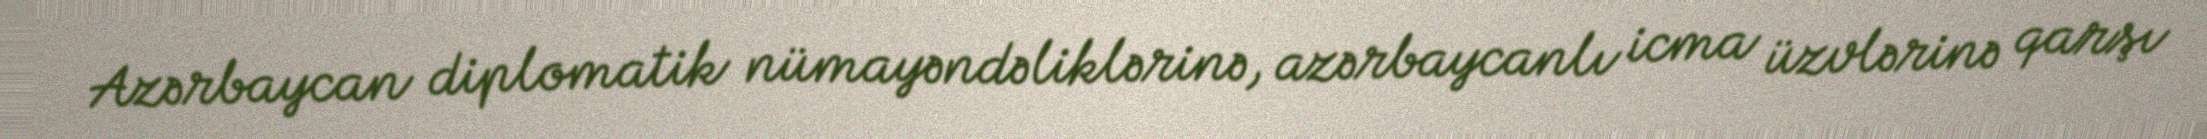
Azərbaycan diplomatik nümayəndəliklərinə, azərbaycanlı icma üzvlərinə qarşı